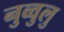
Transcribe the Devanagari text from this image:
नुव्वुलु